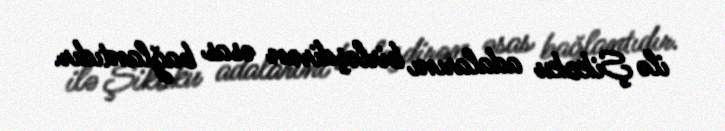
ilə Şikoku adalarını birləşdirən əsas bağlantıdır.